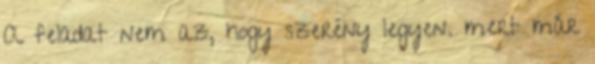
A feladat nem az, hogy szerény legyen. mert már